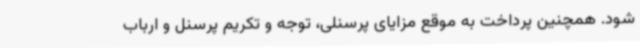
شود. همچنین پرداخت به موقع مزایای پرسنلی، توجه و تکریم پرسنل و ارباب